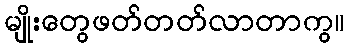
မျိုးတွေဖတ်တတ်လာတာကွ။